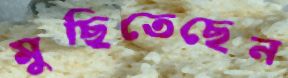
মুছিতেছেন